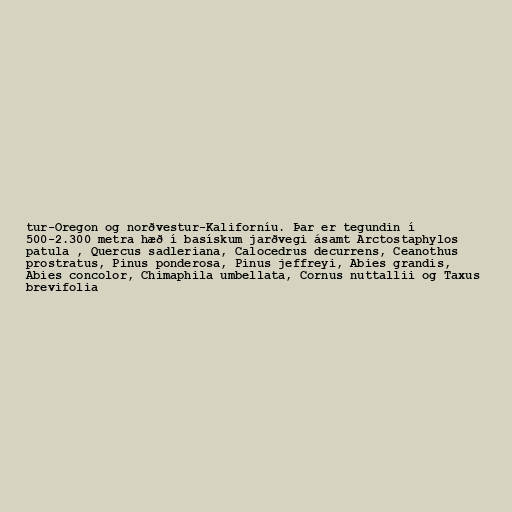
tur-Oregon og norðvestur-Kaliforníu. Þar er tegundin í
500-2.300 metra hæð í basískum jarðvegi ásamt Arctostaphylos
patula , Quercus sadleriana, Calocedrus decurrens, Ceanothus
prostratus, Pinus ponderosa, Pinus jeffreyi, Abies grandis,
Abies concolor, Chimaphila umbellata, Cornus nuttallii og Taxus
brevifolia